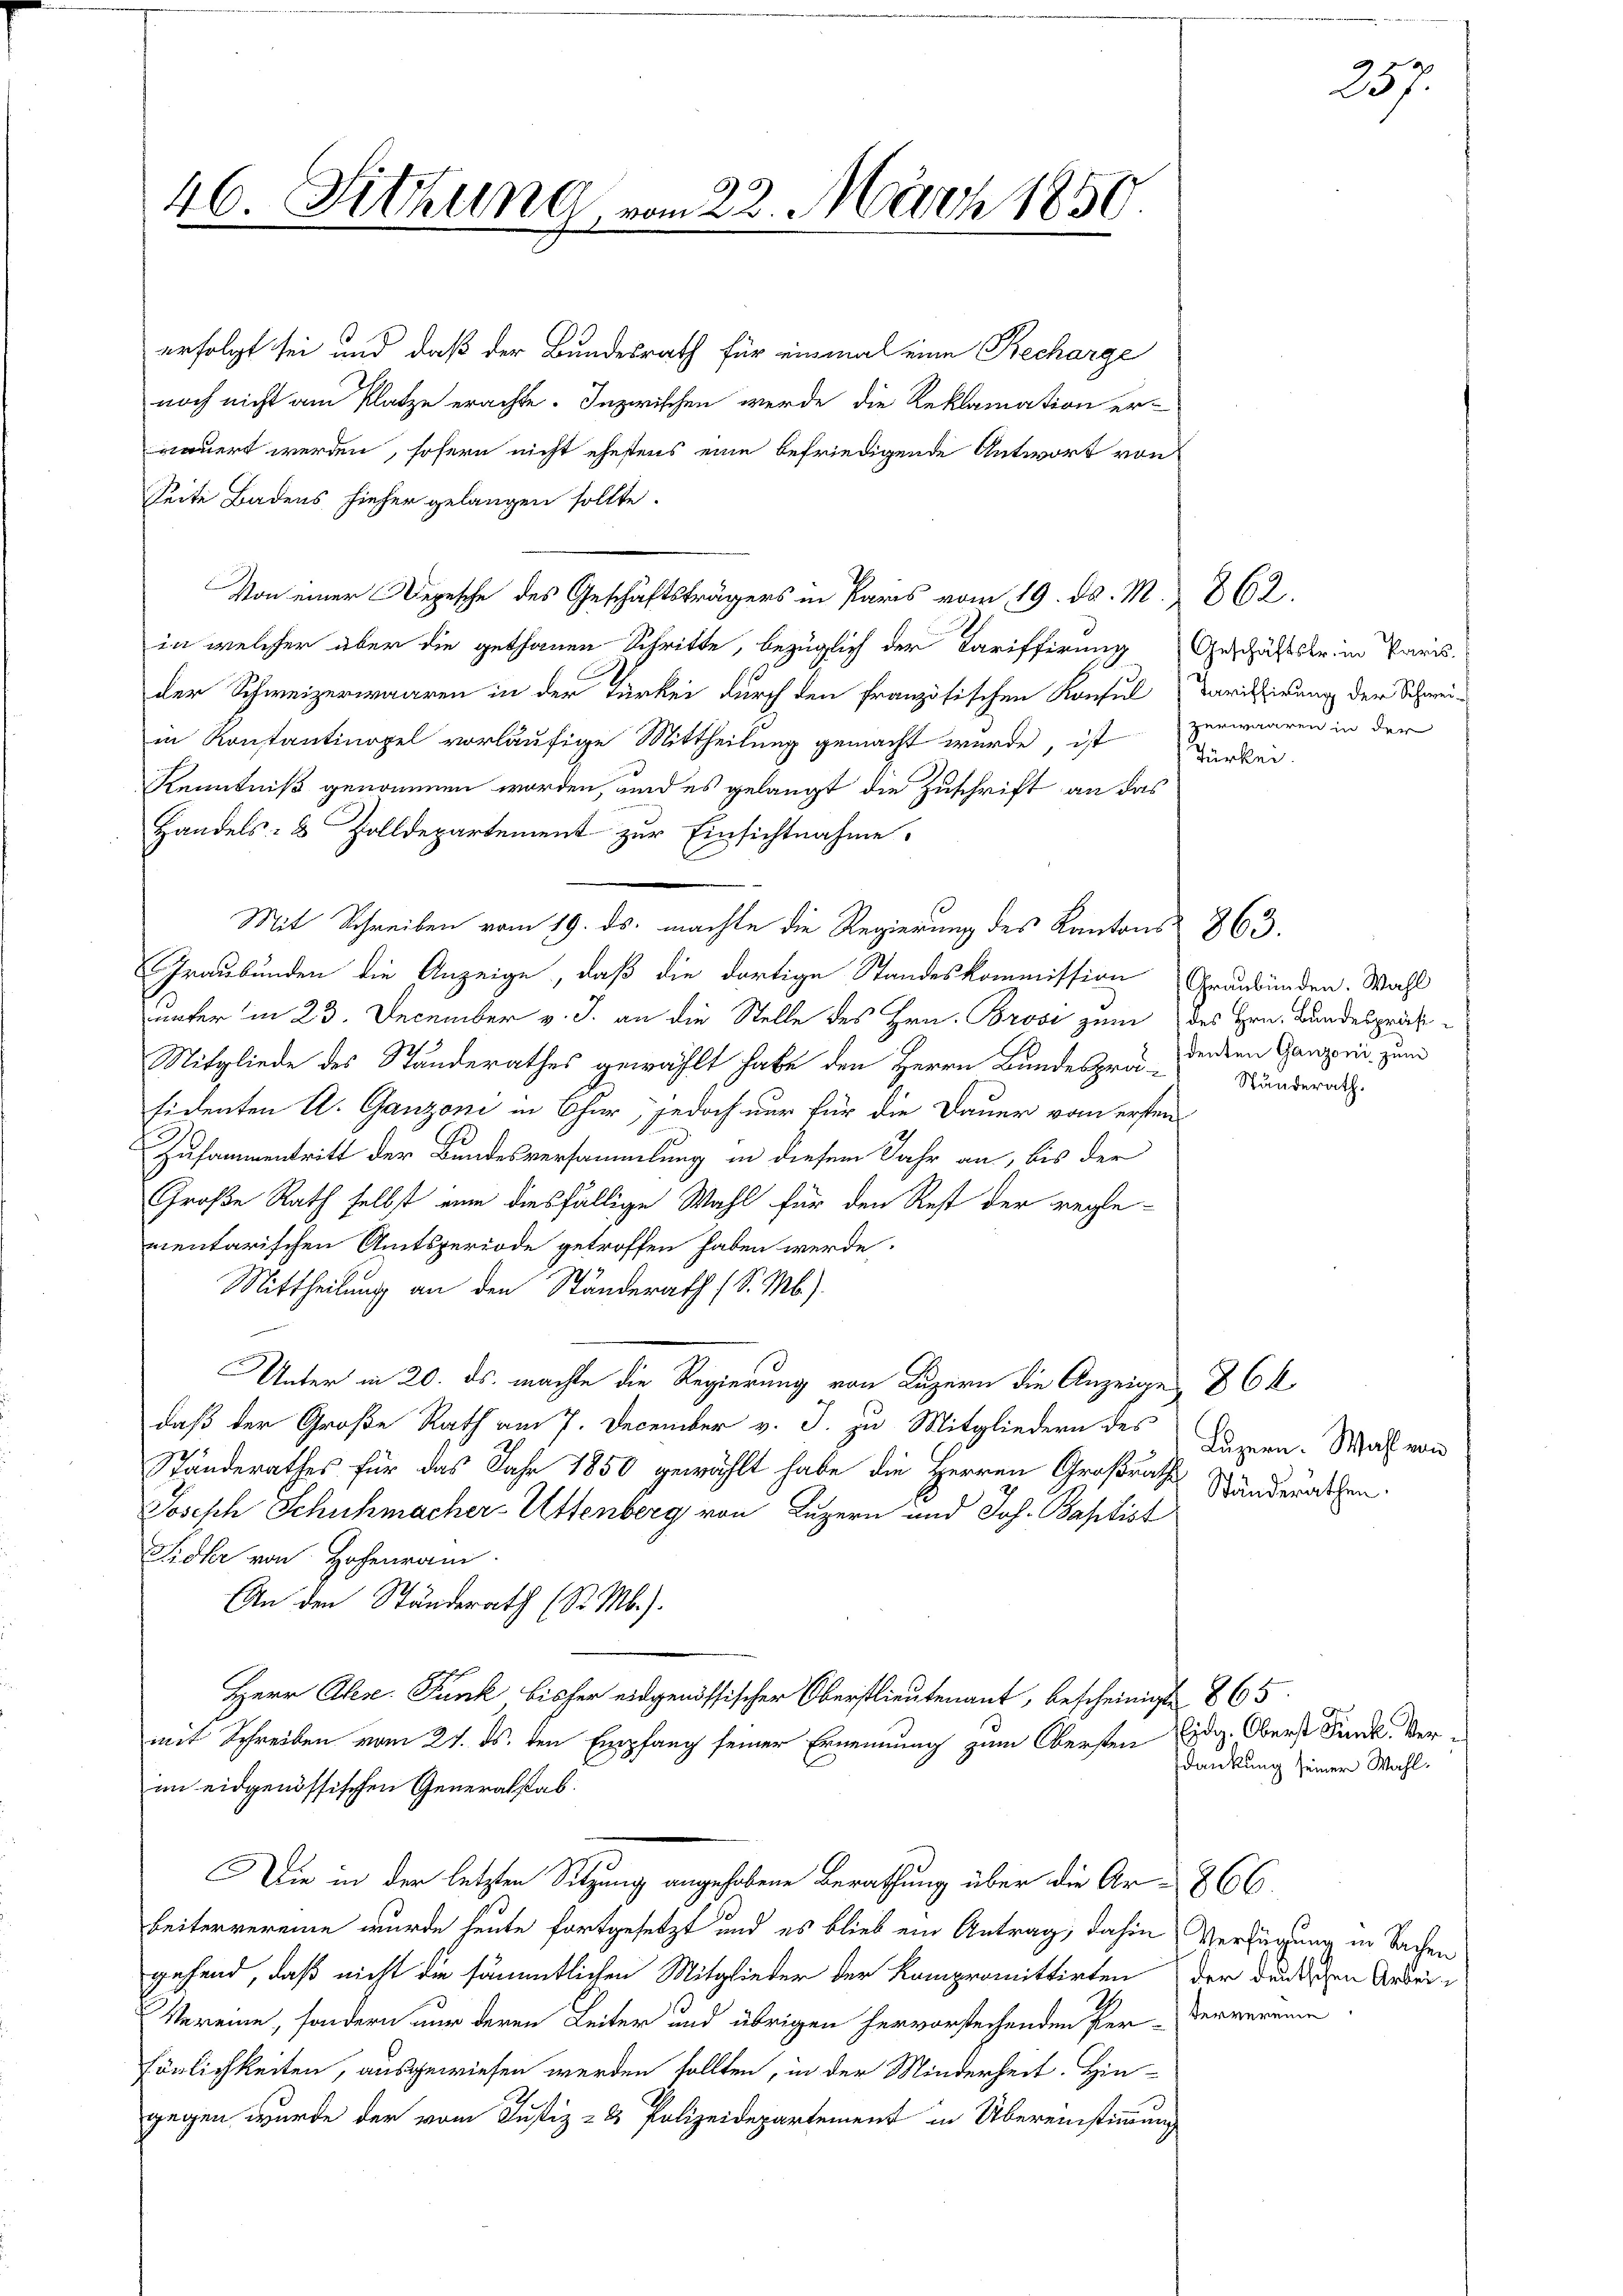
46. Fittung vom 22. März 1859.

Von einer Depesche des Geschäftsträgers in Paris vom 19. ds. M.,

erfolgt sei und daß der Bundesrath für einmal eine Recharge
noch nicht am Platze erachte. Inzwischen werde die Reklamation er-
nauert werden, sofern nicht ehestens eine befriedigende Antwort von
Seite Badens hieher gelangen sollte.
in welcher aber die gethanen Schritte, bezüglich der Tariffirung Geschäftstriin Paris
der Schweizerwaaren in der Türkei durch den französischen Konsul Carisirung der Schwei-
in Kontantinopel vorläufige Mittheilung gemacht wurde, ist
Kenntniß genommen worden, und es gelangt die Zuschrift an das
Handels- & Zolldepartement zur Einsichtnahme.
Mit Schreiben vom 19. ds. machte die Regierung des Kantons 863.
Graubünden die Anzeige, daß die dortige Standeskommission Graubünden. Wahl
unter in 23. December v. J. an die Stelle des Hrn. Brosi zum des Hrn. Bundespräsi¬
Mitgliede des Stunderathes gewählt habe den Herrn Bundespräsidenten A. Ganzoni in Chur, jedoch nur für die Dauer vom ersten
Zusammentritt der Bundesversammlung in diesem Jahr an, bis der
Große Rath selbst nun diesfällige Wahl für den Rest der regle-
mentarischen Amtsperiode getroffen haben werde.
Mittheilung an den Ständerath (S. Mb.).
Unter in 20. ds. machte die Regierung von Luzern die Anzeigen 86 k
daß der Große Rath am 7. December v. J. zu Mitgliedern des
Ständerathes für das Jahr 1850 gewählt habe die Herren Großrath Ständerathen.
Joseph Schuhmacher-Uttenberg von Luzern und Joh. Baptist
Sidkr von Hohenrain.
An den Ständerath (S. M.).
Herr Alex. Funk bisher eidgenössischer Oberstlieutenant, bescheinigte 865
mit Schreiben vom 21. ds. den Empfang seiner Ernennung zum Obersten Eidg. Oberst Finde Ver
im eidgenössischen Generalstab.
Die in der letzten Sitzung angehobene Berathung über die Ar-866.
beitervereine wurde heute fortgesetzt und es blieb ein Antrag, dahin Verfügung in Sachen
gehend, daß nicht die sämmtlichen Mitglieder der Kompromittirten der darischen Arbei¬
Vereine, sondern nur deren Leiter und übrigen hervorstechenden Per-Ververeine
sönlichkeiten, ausgewiesen werden sollten, in der Minderheit. Hin-
gegen wurde der vom Justiz- & Polizeidepartement in Übereinstimmung

257.

862.
zerwaaren in der

Türkei

denten Ganzoni zum
Ständerath.

Luzern. Wahl von

dankung seiner Wahl.